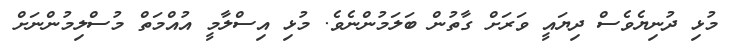
މުޅި ދުނިޔެވެސް ދިޔައީ ވަރަށް ގާތުން ބަލަމުންނެވެ. މުޅި އިސްލާމީ އުއްމަތް މުސްލިމުންނަށް